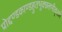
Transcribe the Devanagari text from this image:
प्रोद्दण्डकाण्डहुतभुक्छलभीकृतारे